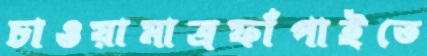
চাওয়ামাত্রফাঁপাইতে